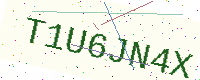
Text: T1U6JN4X